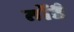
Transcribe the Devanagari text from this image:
तोंडै